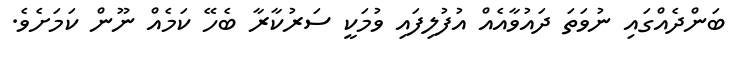
ބަންދެއްގައި ނުވަތަ ދައުވާއެއް އުފުލިފައި ވުމަކީ ސަރުކާރާ ބެހޭ ކަމެއް ނޫން ކަމަށެވެ.